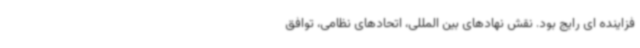
فزاینده ای رایج بود. نقش نهادهای بین المللی، اتحادهای نظامی، توافق